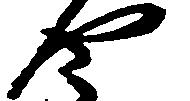
や